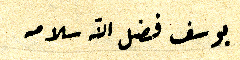
يوسف فضل الله سلامه